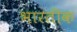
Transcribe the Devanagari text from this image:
भारतीक